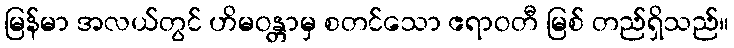
မြန်မာ အလယ်တွင် ဟိမဝန္တာမှ စတင်သော ဧရာဝတီ မြစ် တည်ရှိသည်။